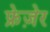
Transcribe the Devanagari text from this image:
फ्रेज़ेर